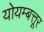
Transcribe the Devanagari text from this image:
योयम्बत्तूर